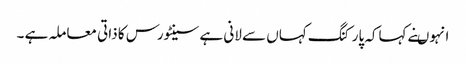
انہوںنے کہاکہ پارکنگ کہاں سے لانی ہے سینٹورس کا ذاتی معاملہ ہے ۔